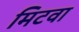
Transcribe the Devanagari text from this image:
मिटवा